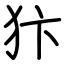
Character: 犿